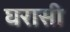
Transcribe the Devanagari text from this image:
घरासी